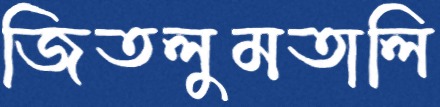
জিতলুমতালি